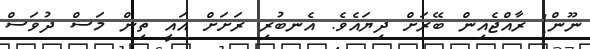
ނޫން) ރާއްޖެއިން ބޭރަށް ދިޔައެވެ. އެނބުރި ރަށަށް އައީ ތިން މަސް ދުވަސް